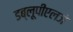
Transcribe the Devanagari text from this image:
डब्लूपीएलजे